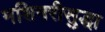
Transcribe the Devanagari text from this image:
मशिनरीसुद्धा